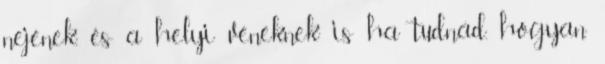
nejének, és a helyi véneknek is ha tudnád, hogyan